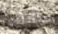
سأبقى